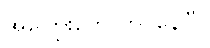
အကြွေးတွေ တင်နေပြီ။